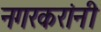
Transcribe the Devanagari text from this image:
नगरकरांनी